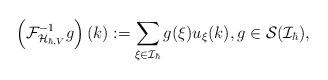
LaTeX: \begin{align*}\left(\mathcal{F}_{\mathcal{H}_{\hbar,V}}^{-1}g\right)(k):=\sum\limits_{\xi\in\mathcal{I}_{\hbar}}g(\xi)u_{\xi}(k),g\in \mathcal{S}(\mathcal{I}_{\hbar}),\end{align*}